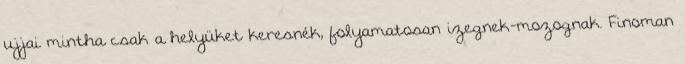
ujjai mintha csak a helyüket keresnék, folyamatosan izegnek-mozognak. Finoman